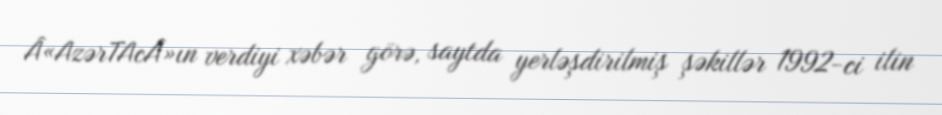
Â«AzərTAcÂ»ın verdiyi xəbər görə, saytda yerləşdirilmiş şəkillər 1992-ci ilin